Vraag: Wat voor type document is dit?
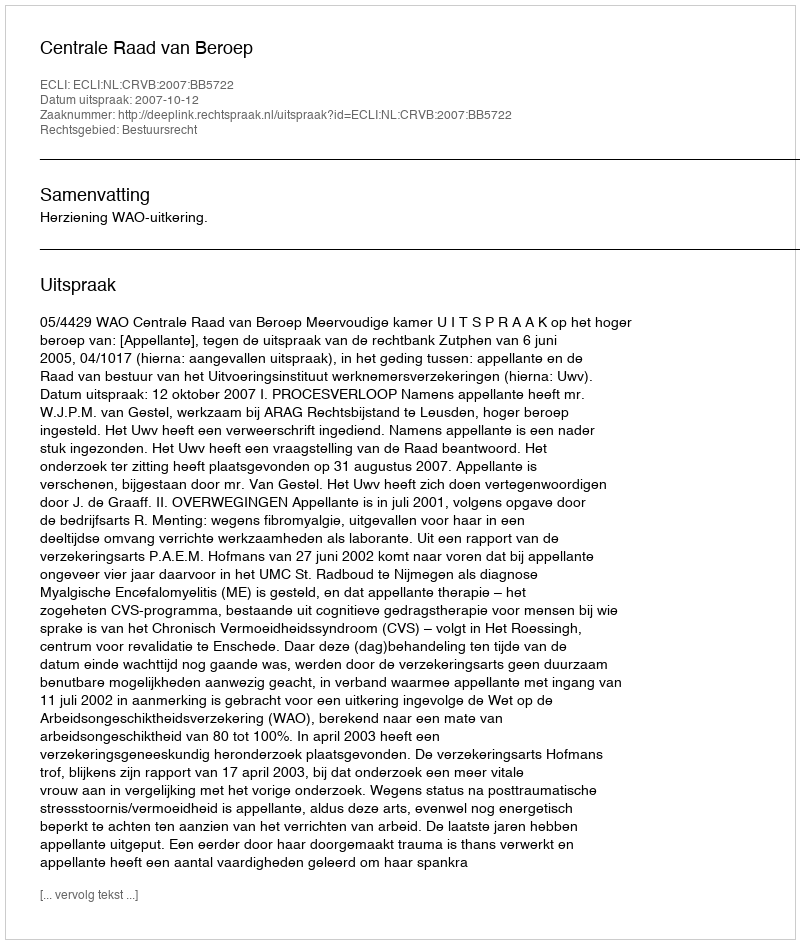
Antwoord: Uitspraak